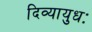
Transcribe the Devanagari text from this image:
दिव्यायुधः